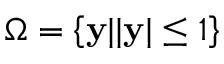
\Omega = \left\{ \mathbf { y } | | \mathbf { y } | \leq 1 \right\}